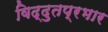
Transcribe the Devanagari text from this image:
विद्दुतप्रभार